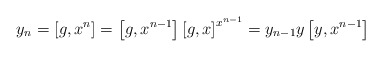
\begin{align*} y_n = \left[g,x^{n}\right] = \left[g,x^{n-1}\right] \left[g,x\right]^{x^{n-1}} = y_{n-1} y \left[y,x^{n-1}\right]\end{align*}